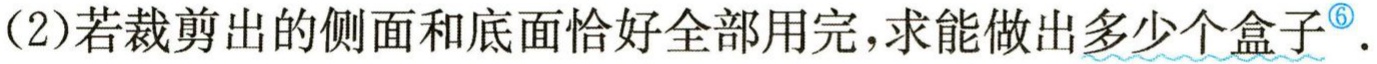
(2)若裁剪出的侧面和底面恰好全部用完，求能做出多少个盒子<sup>\textcircled{6}</sup>.